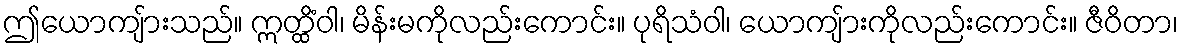
ဤယောကျ်ားသည်။ ဣတ္ထိံဝါ၊ မိန်းမကိုလည်းကောင်း။ ပုရိသံဝါ၊ ယောကျ်ားကိုလည်းကောင်း။ ဇီဝိတာ၊